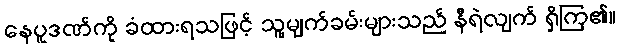
နေပူဒဏ်ကို ခံထားရသဖြင့် သူ့မျက်ခမ်းများသည် နီရဲလျက် ရှိကြ၏။